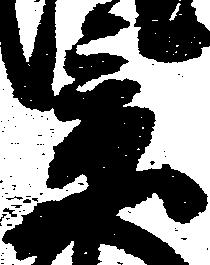
景